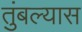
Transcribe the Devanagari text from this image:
तुंबल्यास